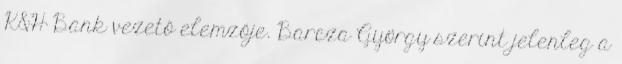
K&H Bank vezető elemzője. Barcza György szerint jelenleg a